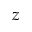
z